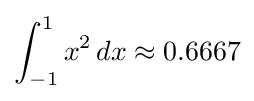
\int _{-1}^{1}x^{2}\,dx\approx 0.6667